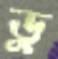
ডু